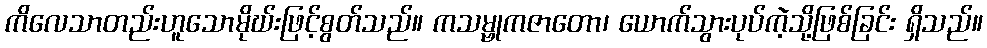
ကိလေသာတည်းဟူသောမိုဃ်းဖြင့်စွတ်သည်။ ကသမ္ဗုကဇာတော၊ ယောက်သွားပုပ်ကဲ့သို့ဖြစ်ခြင်း ရှိသည်။